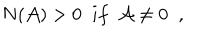
LaTeX: N ( { \cal A } ) > 0 \; \; i f \; \; { \cal A } \neq 0 \; \; ,